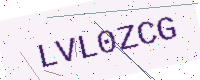
Text: LVL0ZCG